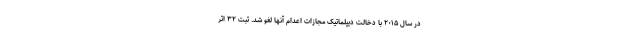
در سال ۲۰۱۵ با دخالت دیپلماتیک مجازات اعدام آنها لغو شد. ثبت ۳۲ اثر